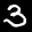
Label: 3